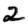
Digit: 2